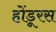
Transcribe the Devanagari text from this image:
होंडूरस